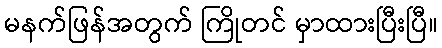
မနက်ဖြန်အတွက် ကြိုတင် မှာထားပြီးပြီ။